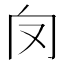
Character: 𠬦